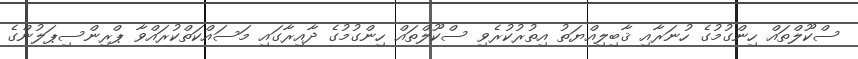
ސްކޫލްތައް ހިންގުމުގެ ހުނަރާއި ޤާބިލިއްޔަތު އިތުރުކުރެވި ސްކޫލްތައް ހިންގުމުގެ ދާއިރާގައި މަސައްކަތްކުރައްވާ ޕްރިންސިޕަލުންގެ